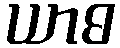
ယာဓ